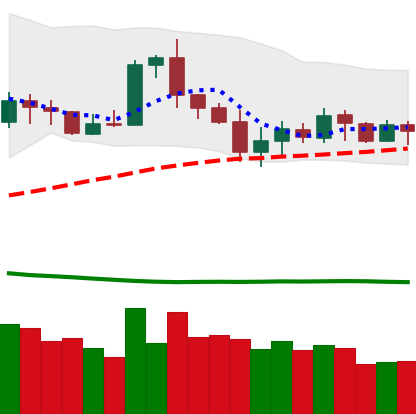
Ticker: ETH-USD
Chart end date: 2020-07-05
Forward return: 5.851%
Label: up_5_7